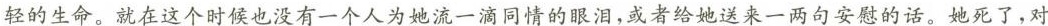
轻的生命。就在这个时候也没有一个人为她流一滴同情的眼泪，或者给她送来一两句安慰的话。她死了，对